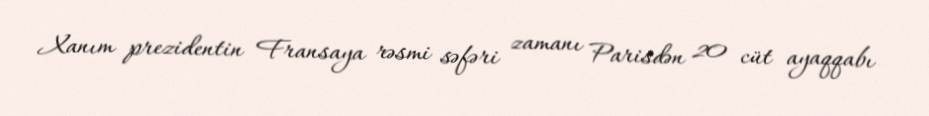
Xanım prezidentin Fransaya rəsmi səfəri zamanı Parisdən 20 cüt ayaqqabı